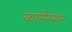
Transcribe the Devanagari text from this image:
कानेरकर